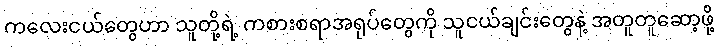
ကလေးငယ်တွေဟာ သူတို့ရဲ့ ကစားစရာအရုပ်တွေကို သူငယ်ချင်းတွေနဲ့ အတူတူဆော့ဖို့